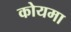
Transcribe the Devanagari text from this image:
कोयमा